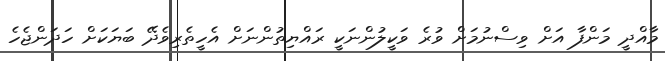
މާއްދީ މަންފާ އަށް ވިސްނުމަށް ވުރެ ވަކީލުންނަކީ ރައްޔިތުންނަށް އެހީތެރިވެދޭ ބަޔަކަށް ހަދަންޖެހެ